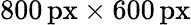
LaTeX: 800\, \textrm{px}\times 600\, \textrm{px}